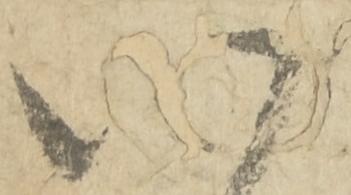
八